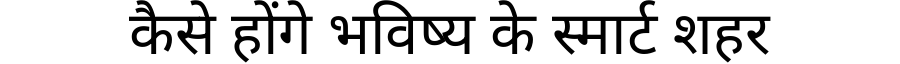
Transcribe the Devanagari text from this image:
कैसे होंगे भविष्य के स्मार्ट शहर